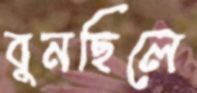
বুনছিলে